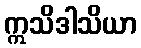
ဣသိဒါသိယာ